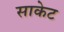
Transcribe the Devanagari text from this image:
साकेट